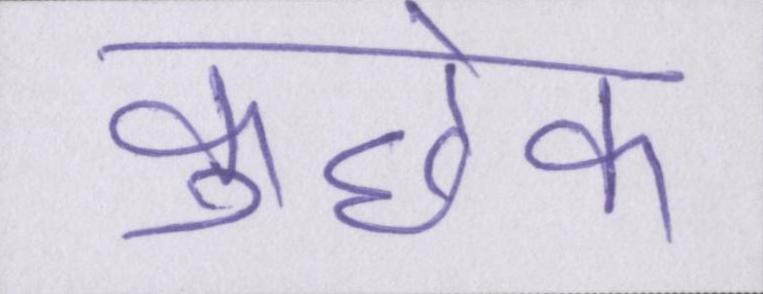
कुछेक